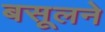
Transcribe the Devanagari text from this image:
बसूलने